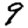
Digit: 9